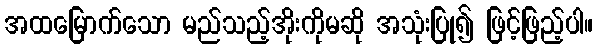
အထမြောက်သော မည်သည့်အိုးကိုမဆို အသုံးပြု၍ ဖြင့်ဖြည့်ပါ။